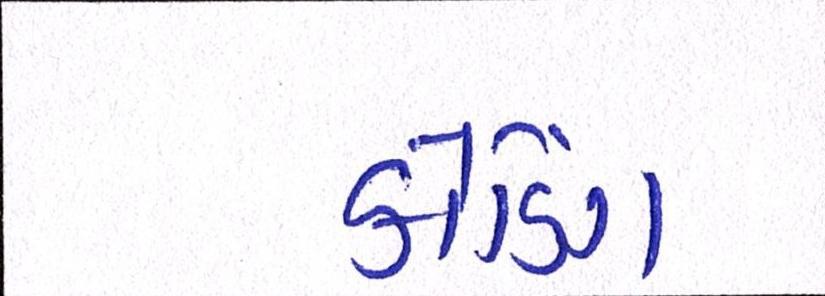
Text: કોડિંગ